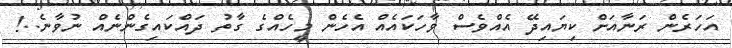
އަހަރެން ރަނާއަށް ކިޔައިދޭ އެއްވެސް ވާހަކައެއް އެހެން މީހެއްގެ ގާތު ދައްކައިގެންނެއް ނުވާނެ..!